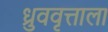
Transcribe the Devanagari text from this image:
ध्रुववृत्ताला